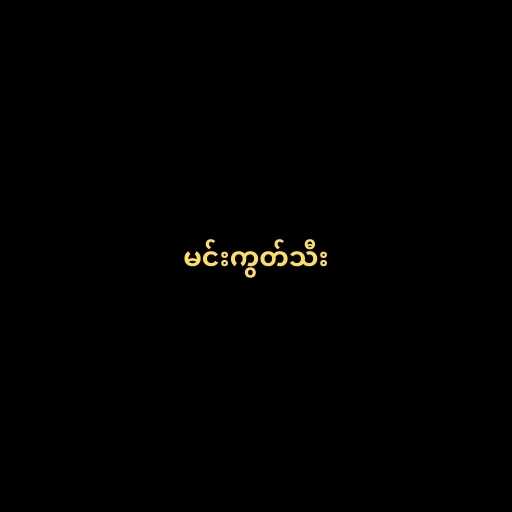
မင်းကွတ်သီး